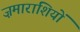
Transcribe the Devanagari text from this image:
ज़माराशियों